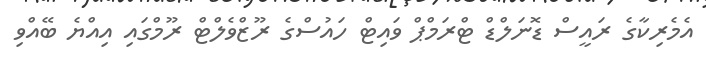
އެމެރިކާގެ ރައީސް ޑޮނަލްޑް ޓްރަމްޕް ވައިޓް ހައުސްގެ ރޫޒްވެލްޓް ރޫމްގައި އިއްޔެ ބޭއްވި